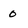
Character: o